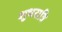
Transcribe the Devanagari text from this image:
शुभरात्रि